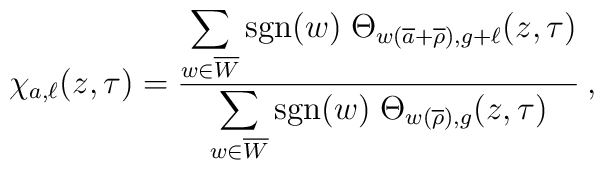
\chi_{a,\ell}(z,\tau)  =\frac{\displaystyle \sum_{w\in \overline W} \mbox{sgn}(w) \;\Theta_{w(\overline{a}+\overline{\rho}),g+\ell}(z,\tau)}{\displaystyle \sum_{w\in \overline W} \mbox{sgn}(w) \;\Theta_{w(\overline{\rho}),g}(z,\tau)} \: ,